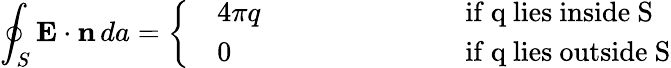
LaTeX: \oint_{S}\mathbf{E}\cdot\mathbf{n}\, da=\left\{ \begin{array}{ll}{\begin{array}{rlrl}&{4\pi q}&{~~~~~~~~~~~~~~~~~~~~}&{\mathrm{if~q~lies~inside~S}}\\ &{0}&{~~~~~~~~~~~~~~~~~~~~~}&{\mathrm{if~q~lies~outside~S}}\end{array}}\end{array}\right.